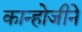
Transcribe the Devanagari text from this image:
कान्होजीने